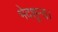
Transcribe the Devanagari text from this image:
भेदशून्य।